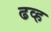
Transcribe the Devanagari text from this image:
ढव्ह